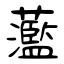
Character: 蘫